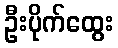
ဦးပိုက်ထွေး